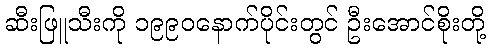
ဆီးဖြူသီးကို ၁၉၉၀နောက်ပိုင်းတွင် ဦးအောင်စိုးတို့